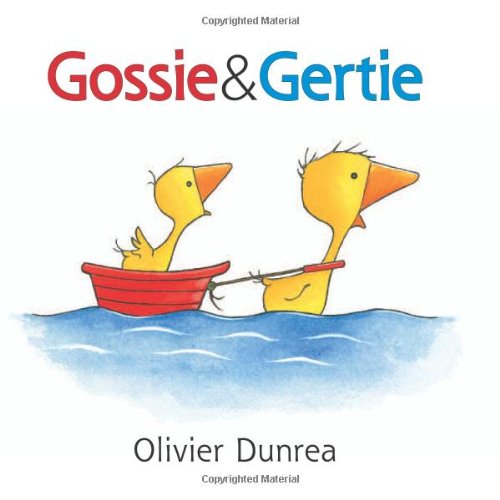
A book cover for Gossie and Gertie (Gossie & Friends); Olivier Dunrea; Children's Books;